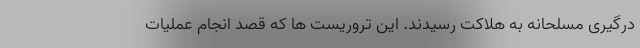
درگیری مسلحانه به هلاکت رسیدند. این تروریست ها که قصد انجام عملیات